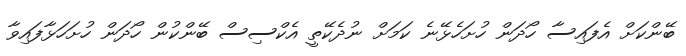
ބޭންކަށް އެފައިސާ ހޯދަން ހުށަހެޅޭނެ ކަމަށް ނުދެކޭތީ އެކްސިސް ބޭންކުން ހޯދަން ހުށަހަޅާފައިވާ